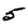
Digit: 5